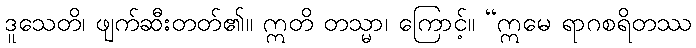
ဒူသေတိ၊ ဖျက်ဆီးတတ်၏။ ဣတိ တသ္မာ၊ ကြောင့်။ “ဣမေ ရာဂစရိတဿ